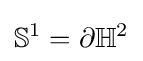
\mathbb {S} ^{1}=\partial \mathbb {H} ^{2}